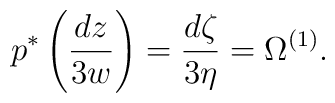
p^{*}\left( \frac{dz}{3w}\right)=\frac{d\zeta}{3\eta}=\Omega^{(1)}.